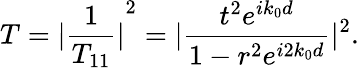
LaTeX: {}T={|\frac{1}{T_{11}}|}^{2}=|{\frac{t^{2}e^{ik_{0}d}}{1-r^{2}e^{i2k_{0}d}}|^{2}}.